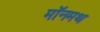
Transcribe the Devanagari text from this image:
मॉनमथ